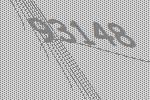
93148